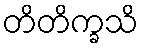
တိတိက္ခသိ